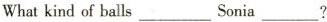
What kind of balls ___ Sonia ___ ?